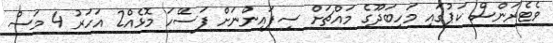
ވެޓެރަންސް ކަޕުގައި މަހިބަދޫގެ މައްޗަށް ސިފައިންނަށް ފަސޭހަ މޮޅެއް2 އަހަރު 4 މަސް